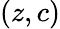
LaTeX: (z,c)